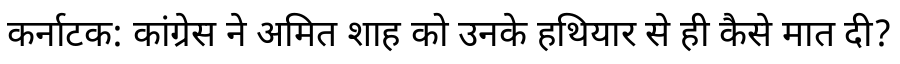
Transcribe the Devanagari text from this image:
कर्नाटक: कांग्रेस ने अमित शाह को उनके हथियार से ही कैसे मात दी?